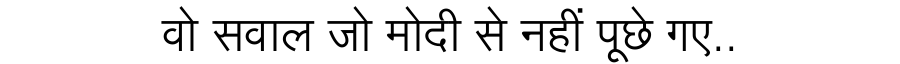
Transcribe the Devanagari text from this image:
वो सवाल जो मोदी से नहीं पूछे गए..